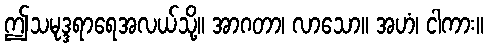
ဤသမုဒ္ဒရာရေအလယ်သို့။ အာဂတာ၊ လာသော။ အဟံ၊ ငါကား။